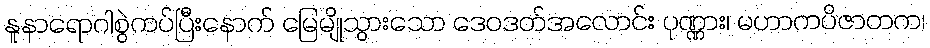
နူနာရောဂါစွဲကပ်ပြီးနောက် မြေမျိုသွားသော ဒေဝဒတ်အလောင်း ပုဏ္ဏား၊ မဟာကပိဇာတက၊